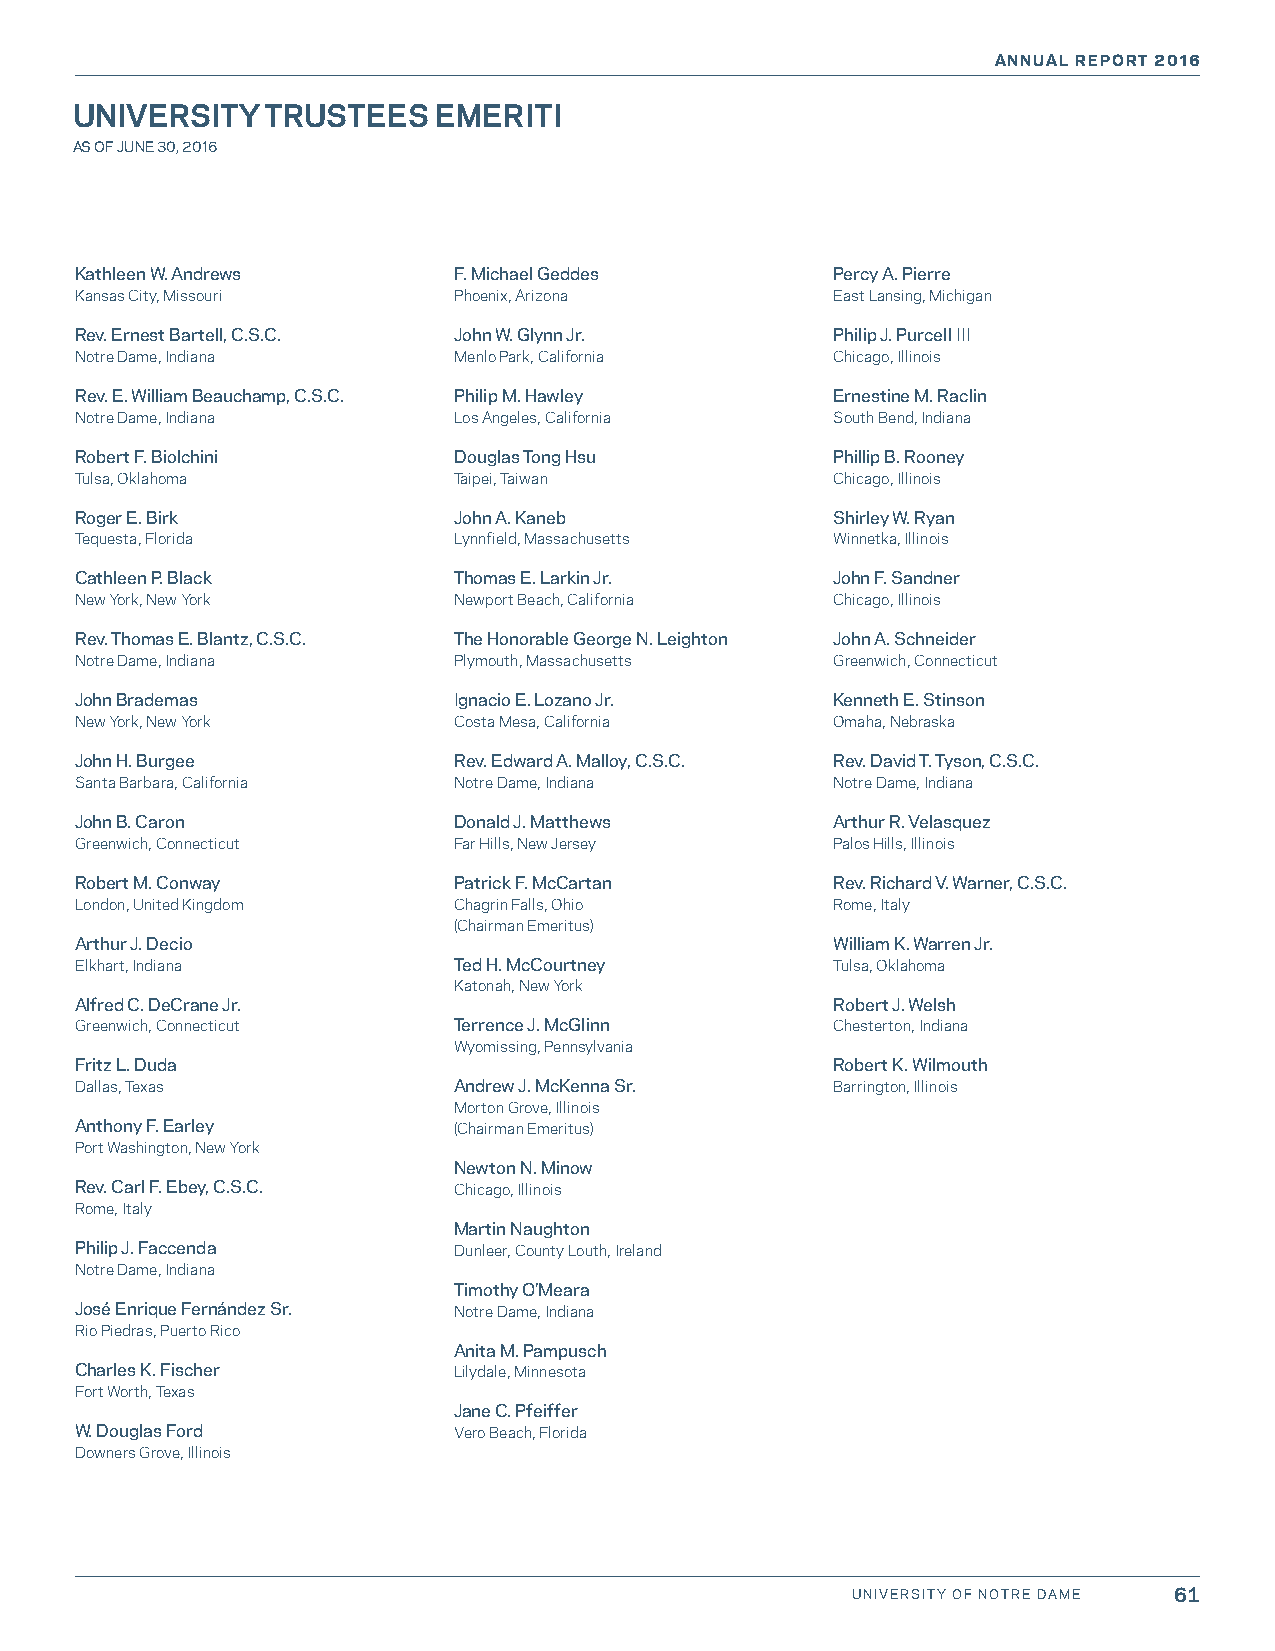
ANNUAL REPORT 2016
 UNIVERSITY   TRUSTEES   EMERITI
 AS OF JUNE 30, 2016
 Kathleen W. Andrews      F. Michael Geddes        Percy A. Pierre
 Kansas City, Missouri    Phoenix, Arizona         East Lansing, Michigan
 Rev. Ernest Bartell, C.S.C. John W. Glynn Jr.     Philip J. Purcell III
 Notre Dame, Indiana      Menlo Park, California   Chicago, Illinois
 Rev. E. William Beauchamp, C.S.C. Philip M. Hawley Ernestine M. Raclin
 Notre Dame, Indiana      Los Angeles, California  South Bend, Indiana
 Robert F. Biolchini      Douglas Tong Hsu         Phillip B. Rooney
 Tulsa, Oklahoma          Taipei, Taiwan           Chicago, Illinois
 Roger E. Birk            John A. Kaneb            Shirley W. Ryan
 Tequesta, Florida        Lynnfield, Massachusetts Winnetka, Illinois
 Cathleen P. Black        Thomas E. Larkin Jr.     John F. Sandner
 New York, New York       Newport Beach, California Chicago, Illinois
 Rev. Thomas E. Blantz, C.S.C. The Honorable George N. Leighton John A. Schneider
 Notre Dame, Indiana      Plymouth, Massachusetts  Greenwich, Connecticut
 John Brademas            Ignacio E. Lozano Jr.    Kenneth E. Stinson
 New York, New York       Costa Mesa, California   Omaha, Nebraska
 John H. Burgee           Rev. Edward A. Malloy, C.S.C. Rev. David T. Tyson, C.S.C.
 Santa Barbara, California Notre Dame, Indiana     Notre Dame, Indiana
 John B. Caron            Donald J. Matthews       Arthur R. Velasquez
 Greenwich, Connecticut   Far Hills, New Jersey    Palos Hills, Illinois
 Robert M. Conway         Patrick F. McCartan      Rev. Richard V. Warner, C.S.C.
 London, United Kingdom   Chagrin Falls, Ohio      Rome, Italy
 (Chairman Emeritus)
 Arthur J. Decio                                   William K. Warren Jr.
 Elkhart, Indiana         Ted H. McCourtney        Tulsa, Oklahoma
 Katonah, New York
 Alfred C. DeCrane Jr.                             Robert J. Welsh
 Greenwich, Connecticut   Terrence J. McGlinn      Chesterton, Indiana
 Wyomissing, Pennsylvania
 Fritz L. Duda                                     Robert K. Wilmouth
 Dallas, Texas            Andrew J. McKenna Sr.    Barrington, Illinois
 Morton Grove, Illinois
 Anthony F. Earley        (Chairman Emeritus)
 Port Washington, New York
 Newton N. Minow
 Rev. Carl F. Ebey, C.S.C. Chicago, Illinois
 Rome, Italy
 Martin Naughton
 Philip J. Faccenda       Dunleer, County Louth, Ireland
 Notre Dame, Indiana
 Timothy O’Meara
 José Enrique Fernández Sr. Notre Dame, Indiana
 Rio Piedras, Puerto Rico
 Anita M. Pampusch
 Charles K. Fischer       Lilydale, Minnesota
 Fort Worth, Texas
 Jane C. Pfeiffer
 W. Douglas Ford          Vero Beach, Florida
 Downers Grove, Illinois
 UNIVERSITY OF NOTRE DAME 61